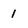
Character: 1